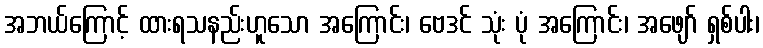
အဘယ်ကြောင့် ထားရသနည်းဟူသော အကြောင်း၊ ဗေဒင် သုံး ပုံ အကြောင်း၊ အဖျော် ရှစ်ပါး၊